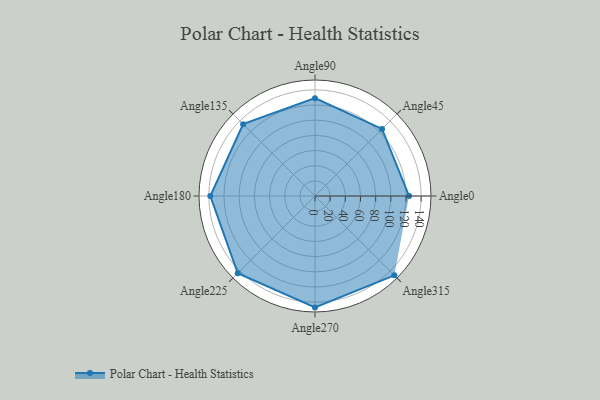
{"axis": {"x": "Angle", "y": "Radius"}, "legend": [""], "data": [{"x": "Angle0", "y": 124.0, "type": ""}, {"x": "Angle45", "y": 125.0, "type": ""}, {"x": "Angle90", "y": 129.0, "type": ""}, {"x": "Angle135", "y": 134.0, "type": ""}, {"x": "Angle180", "y": 138.0, "type": ""}, {"x": "Angle225", "y": 144.0, "type": ""}, {"x": "Angle270", "y": 147.0, "type": ""}, {"x": "Angle315", "y": 148.0, "type": ""}]}